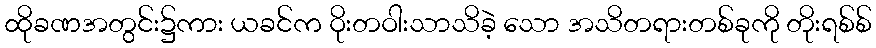
ထိုခဏအတွင်း၌ကား ယခင်က ဝိုးတဝါးသာသိခဲ့ သော အသိတရားတစ်ခုကို တိုးရစ်စ်